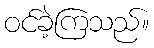
ဝင်ခဲ့ကြသည်။